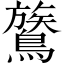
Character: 鷟